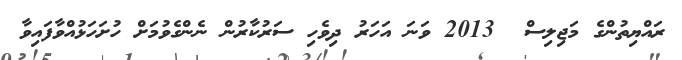
ރައްޔިތުންގެ މަޖިލިސް  2013 ވަނަ އަހަރު ދިވެހި ސަރުކާރުން ނެންގެވުމަށް ހުށަހަޅުއްވާފައިވާ